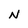
Character: N